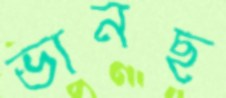
ভানছ